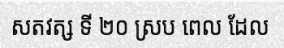
សតវត្ស ទី ២០ ស្រប ពេល ដែល